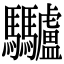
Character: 𩧥